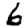
Digit: 6